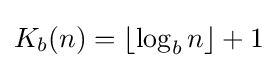
K_{b}(n)=\lfloor \log _{b}{n}\rfloor +1